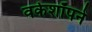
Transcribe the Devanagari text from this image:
वर्कशॉपने